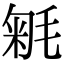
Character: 𣮕